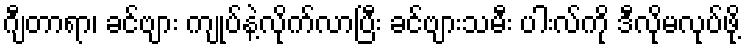
ဂျီတာရာ၊ ခင်ဗျား ကျုပ်နဲ့လိုက်လာပြီး ခင်ဗျားသမီး ပါးလ်ကို ဒီလိုမလုပ်ဖို့